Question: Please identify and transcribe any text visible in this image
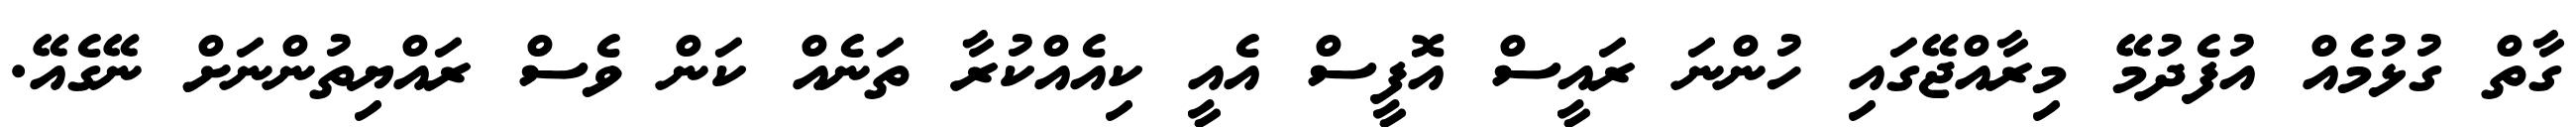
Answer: ގާތް ގުޅުމެއް އުފެދުމޭ މިރާއްޖޭގައި ހުންނަ ރައީސް އޮފީސް އެއީ ކިއެއްކުރާ ތަނެއް ކަން ވެސް ރައްޔިތުންނަށް ނޭގެއޭ.